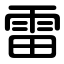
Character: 雷